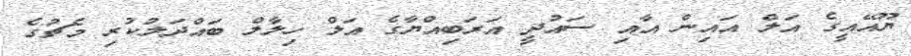
ޔޫއޭއީގެ އަލް އައިން އާއި ސައުދީ އަރަބިއްޔާގެ އަލް ހިލާލް ބައްދަލުކުރި މެޗުގެ